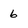
Character: 6